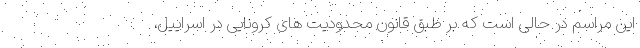
این مراسم در حالی است که بر طبق قانون محدودیت های کرونایی در اسراییل،